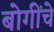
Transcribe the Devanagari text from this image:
बोगींचे